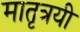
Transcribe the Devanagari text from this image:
मातृत्रयी